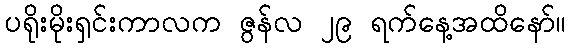
ပရိုးမိုးရှင်းကာလက ဇွန်လ ၂၉ ရက်နေ့အထိနော်။